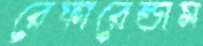
রেফারেন্ডাম